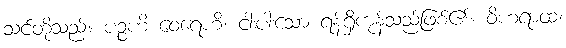
သင်တို့သည်။ ပဉ္စဟိ ဝေရေဟိ၊ ငါးပါးသော ရန်ရှိကုန်သည်ဖြစ်၏။ ဝိဟရာထ၊